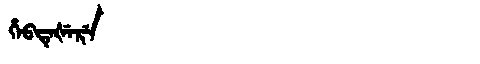
Manchu: ᡥᡝᠪᡨᡝᡧᡝᡵᡝ
Romanization: HEBTEŠERE